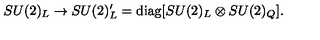
S U ( 2 ) _ { L } \rightarrow S U ( 2 ) _ { L } ^ { \prime } = \mathrm { d i a g } [ S U ( 2 ) _ { L } \otimes S U ( 2 ) _ { Q } ] .